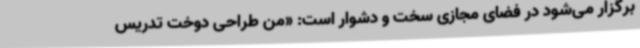
برگزار می‌شود در فضای مجازی سخت و دشوار است: «من طراحی دوخت تدریس